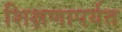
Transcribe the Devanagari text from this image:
शिक्षणापर्यत